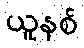
ယူနစ်